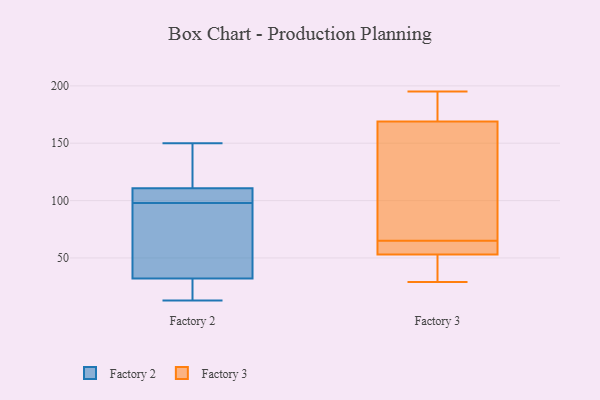
{"axis": {"x": "Headcount", "y": "Value"}, "legend": ["Factory 2", "Factory 3"], "data": [{"x": "", "y": 92, "type": "Factory 2"}, {"x": "", "y": 112, "type": "Factory 2"}, {"x": "", "y": 98, "type": "Factory 2"}, {"x": "", "y": 119, "type": "Factory 2"}, {"x": "", "y": 100, "type": "Factory 2"}, {"x": "", "y": 150, "type": "Factory 2"}, {"x": "", "y": 122, "type": "Factory 2"}, {"x": "", "y": 35, "type": "Factory 2"}, {"x": "", "y": 30, "type": "Factory 2"}, {"x": "", "y": 102, "type": "Factory 2"}, {"x": "", "y": 107, "type": "Factory 2"}, {"x": "", "y": 13, "type": "Factory 2"}, {"x": "", "y": 16, "type": "Factory 2"}, {"x": "", "y": 38, "type": "Factory 2"}, {"x": "", "y": 31, "type": "Factory 2"}, {"x": "", "y": 113, "type": "Factory 3"}, {"x": "", "y": 169, "type": "Factory 3"}, {"x": "", "y": 53, "type": "Factory 3"}, {"x": "", "y": 66, "type": "Factory 3"}, {"x": "", "y": 189, "type": "Factory 3"}, {"x": "", "y": 195, "type": "Factory 3"}, {"x": "", "y": 29, "type": "Factory 3"}, {"x": "", "y": 64, "type": "Factory 3"}, {"x": "", "y": 37, "type": "Factory 3"}, {"x": "", "y": 60, "type": "Factory 3"}]}